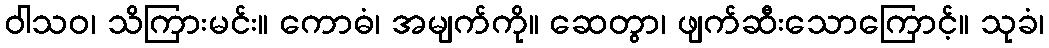
ဝါသဝ၊ သိကြားမင်း။ ကောဓံ၊ အမျက်ကို။ ဆေတွာ၊ ဖျက်ဆီးသောကြောင့်။ သုခံ၊